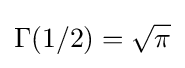
\Gamma (1/2)={\sqrt {\pi }}